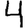
Digit: 4